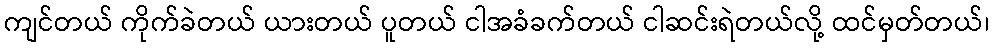
ကျင်တယ် ကိုက်ခဲတယ် ယားတယ် ပူတယ် ငါအခံခက်တယ် ငါဆင်းရဲတယ်လို့ ထင်မှတ်တယ်၊